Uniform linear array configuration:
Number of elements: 4
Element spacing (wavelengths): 0.75
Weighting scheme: hann
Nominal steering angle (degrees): -30
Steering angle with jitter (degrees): -31.822
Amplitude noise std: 0.05
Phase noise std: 0.05

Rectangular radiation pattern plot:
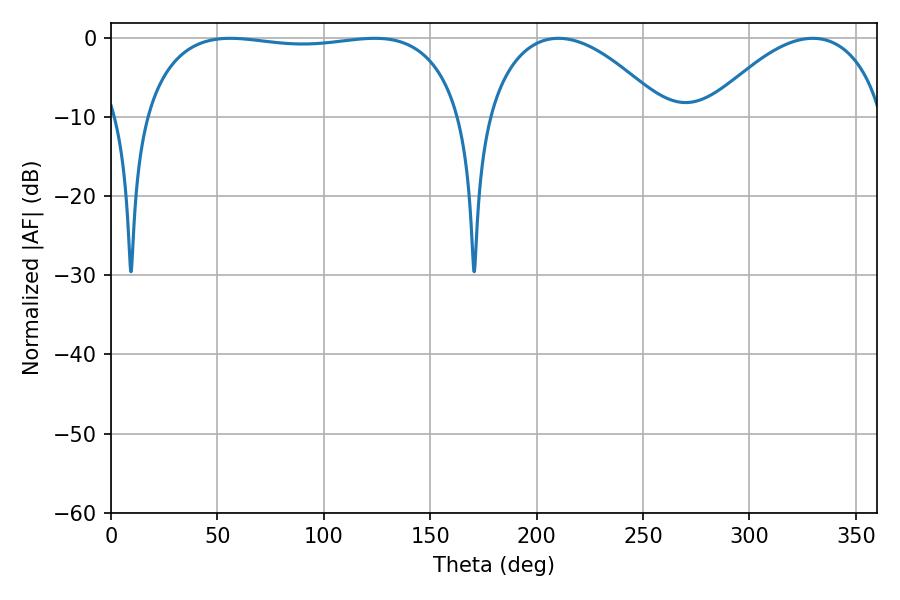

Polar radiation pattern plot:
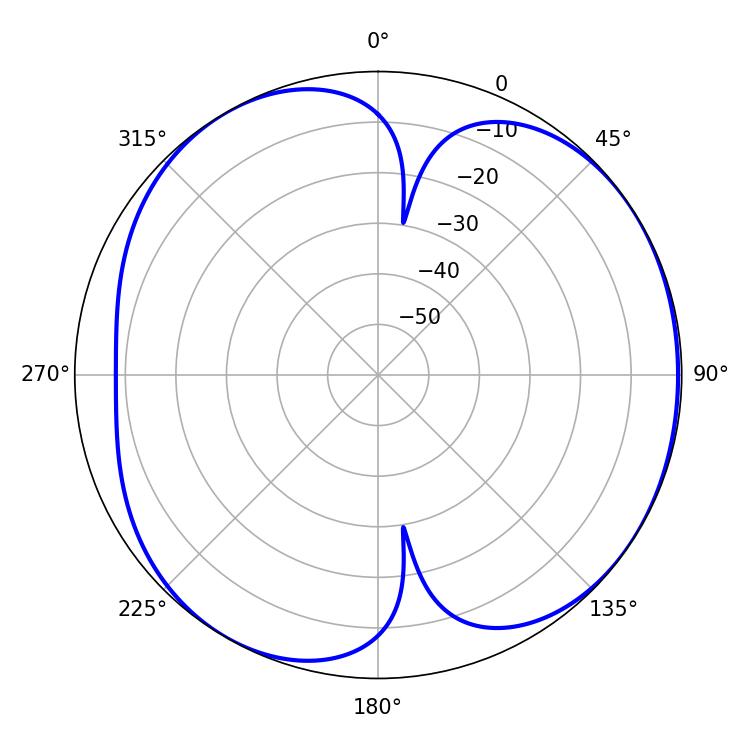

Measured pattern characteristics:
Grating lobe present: TRUE
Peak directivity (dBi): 5.131
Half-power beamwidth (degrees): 46.8
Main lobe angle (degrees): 210.24